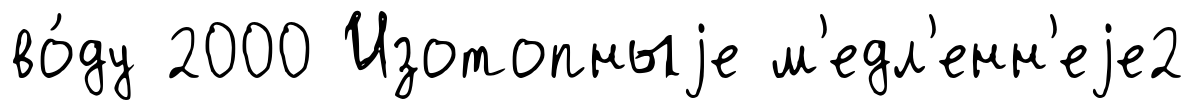
во́ду 2000 Изотопныjе м'едл'енн'еjе2